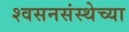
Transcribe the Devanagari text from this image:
श्वसनसंस्थेच्या